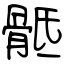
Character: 骶